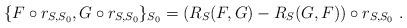
LaTeX: \begin{align*}\{F\circ r_{S,S_{0}},G\circ r_{S,S_{0}}\}_{S_{0}} = (R_{S}(F,G)-R_{S}(G,F))\circ r_{S,S_{0}} \ . \end{align*}